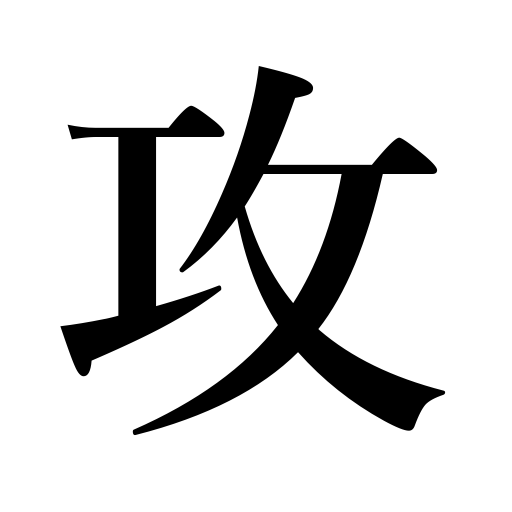
Meanings: attack,assault,offensive